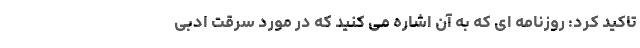
تاکید کرد: روزنامه ای که به آن اشاره می کنید که در مورد سرقت ادبی